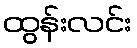
ထွန်းလင်း